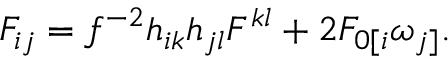
F _ { i j } = f ^ { - 2 } h _ { i k } h _ { j l } F ^ { k l } + 2 F _ { 0 [ i } \omega _ { j ] } .